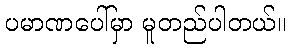
ပမာဏပေါ်မှာ မူတည်ပါတယ်။